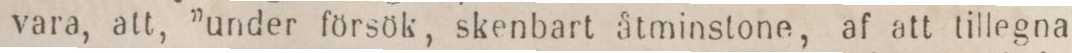
vara, att, ”under försök, skenbart åtminstone, af att tillegna